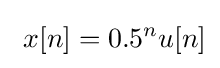
\ x[n]=0.5^{n}u[n]